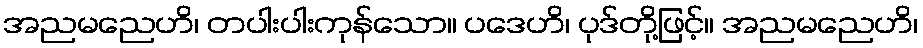
အညမညေဟိ၊ တပါးပါးကုန်သော။ ပဒေဟိ၊ ပုဒ်တို့ဖြင့်။ အညမညေဟိ၊